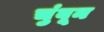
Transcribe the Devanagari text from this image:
चुंबून